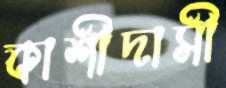
কাশীদাসী